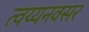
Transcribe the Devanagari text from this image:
त्वय्यनवसर